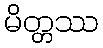
မိတ္တဿ